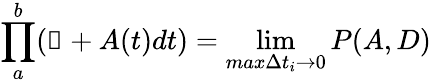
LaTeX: \prod_{a}^{b}(\mathbb{1}+A(t)dt)=\operatorname*{lim}_{max\Delta t_{i}\to 0}P(A,D)